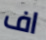
اف